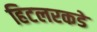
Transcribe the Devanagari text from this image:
हिटलरकडे